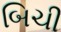
બિચી